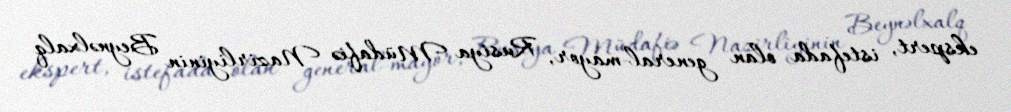
ekspert, istefada olan general-mayor, Rusiya Müdafiə Nazirliyinin Beynəlxalq